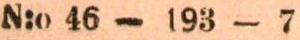
N:0 46 - 193 - 7